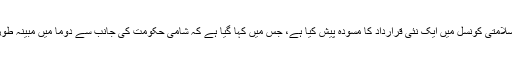
روسی قرارداد مسترد ہونے کے بعد امریکہ، برطانیہ اور فرانس نے سلامتی کونسل میں ایک نئی قرارداد کا مسودہ پیش کیا ہے، جس میں کہا گیا ہے کہ شامی حکومت کی جانب سے دوما میں مبینہ طور پر کیمیائی ہتھیاروں کے استعمال کی آزادانہ تحقیقات کروائی جائیں۔